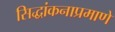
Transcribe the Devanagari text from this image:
सिद्धांकनाप्रमाणे